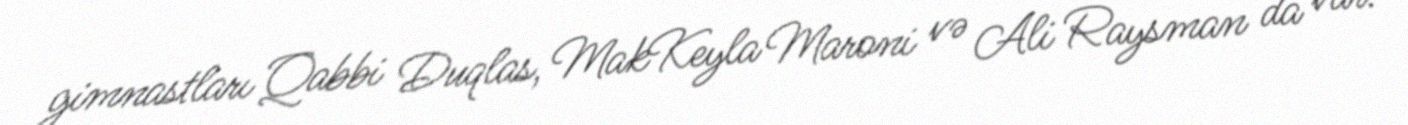
gimnastları Qabbi Duqlas, MakKeyla Maroni və Ali Raysman da var.